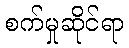
စက်မှုဆိုင်ရာ